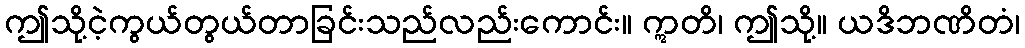
ဤသို့ငဲ့ကွယ်တွယ်တာခြင်းသည်လည်းကောင်း။ ဣတိ၊ ဤသို့။ ယဒိဘဏိတံ၊